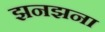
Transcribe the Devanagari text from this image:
झनझना